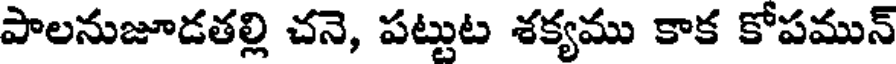
పాలనుజూడతల్లి చనె, పట్టుట శక్యము కాక కోపమున్